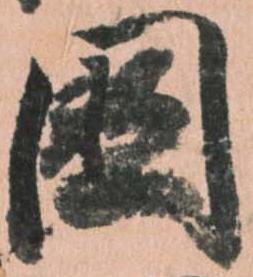
国